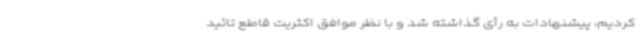
کردیم، پیشنهادات به رأی گذاشته شد و با نظر موافق اکثریت قاطع تائید